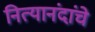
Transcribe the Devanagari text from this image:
नित्यानंदांचे